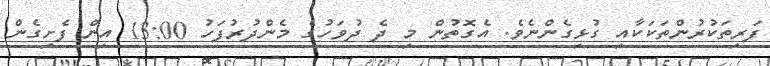
ފަރިތަކުރުންތަކަކާއި ގުޅިގެންނެވެ. އެގޮތުން މި ދެ ދުވަހުގެ މެންދުރުފަހު 13:00 އިން ފެށިގެން